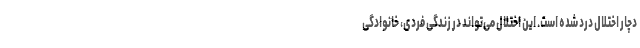
دچار اختلال درد شده است. این اختلال می‌تواند در زندگی فردی، خانوادگی